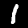
Label: 1